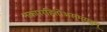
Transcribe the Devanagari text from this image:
नकाररहितोअस्म्यहम्